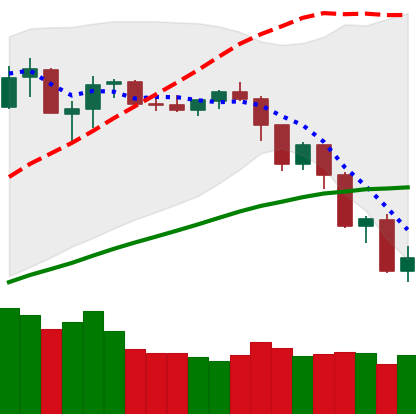
Ticker: NEO-USD
Chart end date: 2019-07-17
Forward return: 11.953%
Label: up_7plus